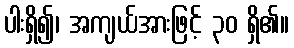
ပါးရှိ၍၊ အကျယ်အားဖြင့် ၃၀ ရှိ၏။